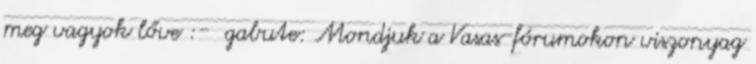
meg vagyok lőve :- gabute: Mondjuk a Vasas-fórumokon viszonyag